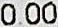
0.00